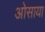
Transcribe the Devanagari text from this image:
ओसाया